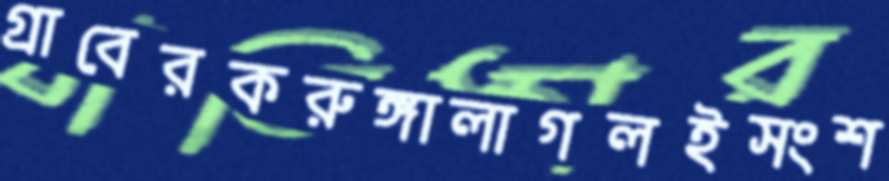
গ্রাবেরকরুঙ্গালাগলইসংশ